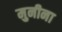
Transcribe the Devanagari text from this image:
मुनीना